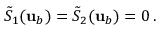
\tilde { S } _ { 1 } ( { \mathbf { u } } _ { b } ) = \tilde { S } _ { 2 } ( { \mathbf { u } } _ { b } ) = 0 \, .